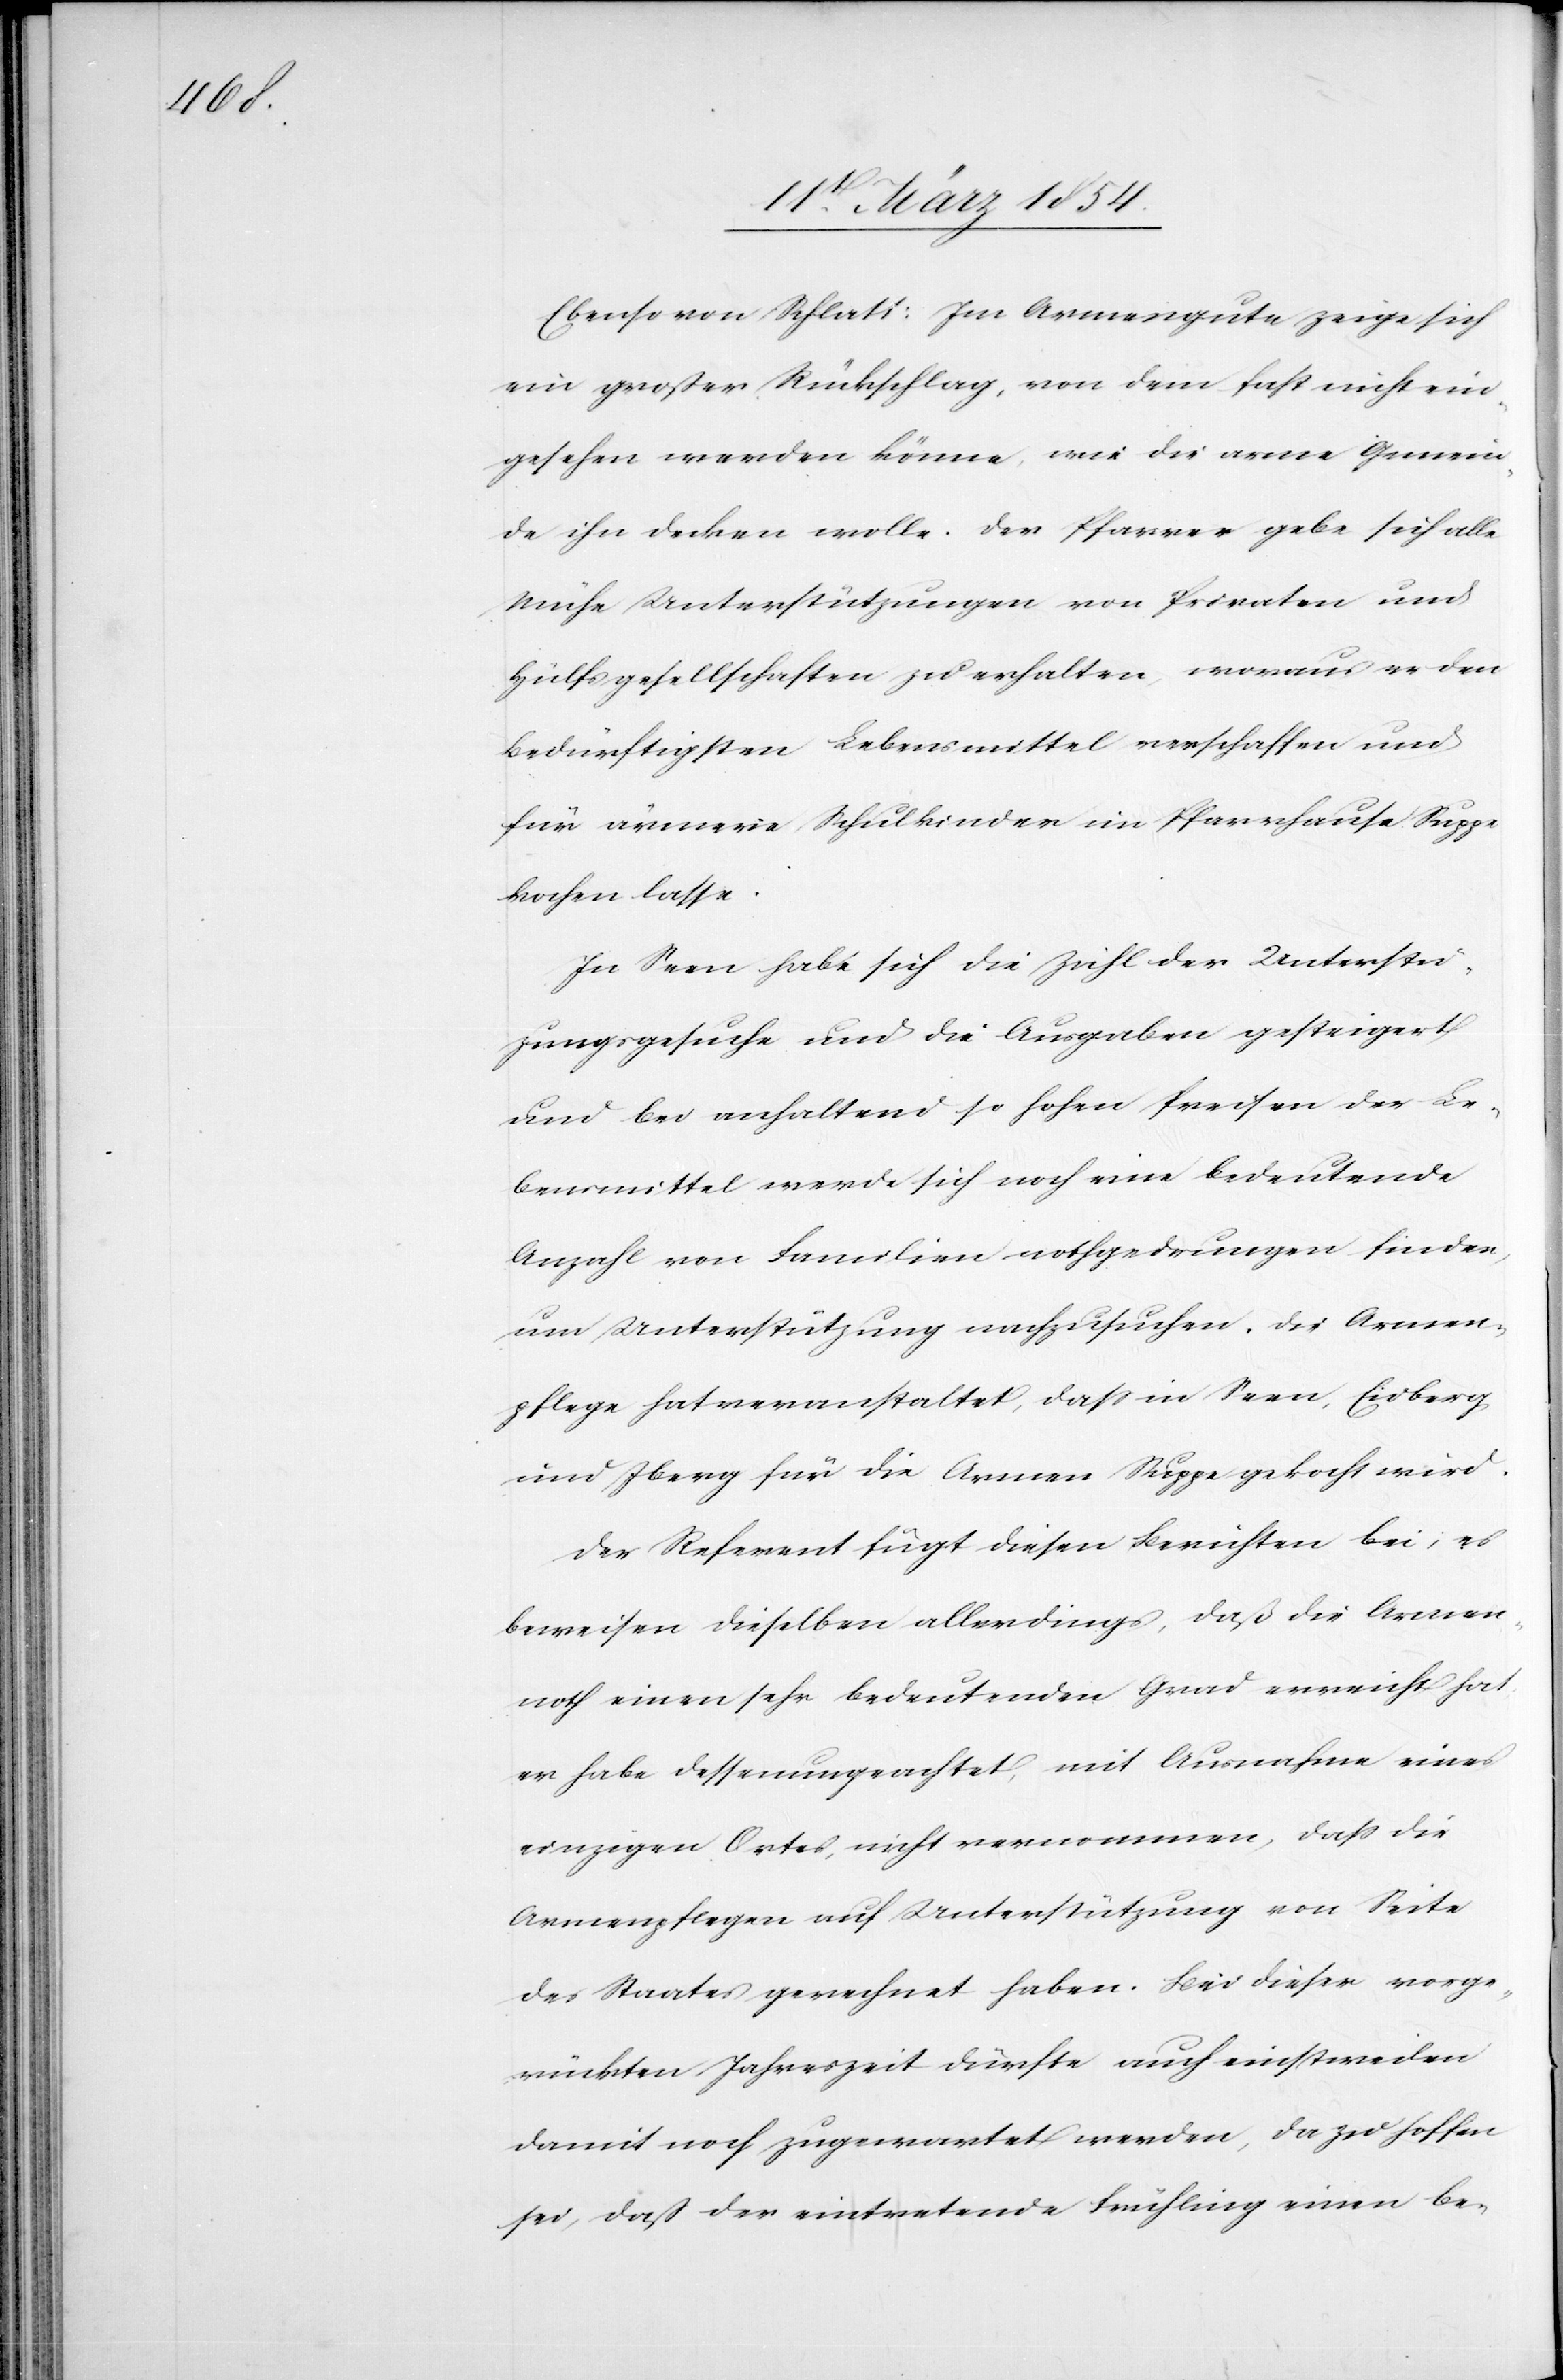
Ebenso von Schlatt: Im Armengute zeige sich
ein großer Rückschlag, von dem fast nicht ein¬
gesehen werden könne, wie die arme Gemein¬
de ihn decken wolle. Der Pfarrer gebe sich alle
Mühe Unterstützungen von Privaten und
Hülfsgesellschaften zu erhalten, woraus er den
Bedürftigsten Lebensmittel verschaffen und
für ärmere Schulkinder im Pfarrhause Suppe
kochen lasse.
In Seen habe sich die Zahl der Unterstüt¬
zungsgesuche und die Ausgaben gesteigert
und bei anhaltend so hohen Preisen der Le¬
bensmittel werde sich noch eine bedeutende
Anzahl von Familien nothgedrungen finden,
um Unterstützung nachzusuchen. Die Armen¬
pflege hat veranstaltet, daß in Seen, Eidberg
und Iberg für die Armen Suppe gekocht wird.
Der Referent fügt diesen Berichten bei; es
beweisen dieselben allerdings, daß die Armen¬
noth einen sehr bedeutenden Grad erreicht hat,
er habe dessenungeachtet, mit Ausnahme eines
einzigen Ortes, nicht vernommen, daß die
Armenpflegen auf Unterstützung von Seite
des Staates gerechnet haben. Bei dieser vorge¬
rückten Jahreszeit dürfte auch einstweilen
damit noch zugewartet werden, da zu hoffen
sei, daß der eintretende Frühling einen be-